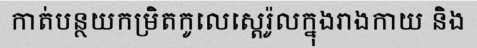
កាត់បន្ថយកម្រិតកូលេស្តេរ៉ូលក្នុងរាងកាយ និង